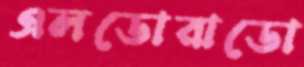
এলডোরাডো